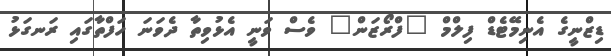
ޑިޒްނީގެ އެނިމޭޓެޑް ފިލްމް "ފްރޯޒަން" ވެސް ވަނީ އެޅުވިތާ ދެވަނަ ހަފްތާގައި ރަނގަޅު